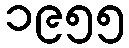
၁၉၅၅